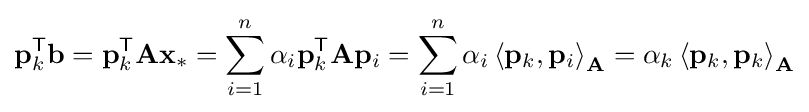
\mathbf {p} _{k}^{\mathsf {T}}\mathbf {b} =\mathbf {p} _{k}^{\mathsf {T}}\mathbf {A} \mathbf {x} _{*}=\sum _{i=1}^{n}\alpha _{i}\mathbf {p} _{k}^{\mathsf {T}}\mathbf {A} \mathbf {p} _{i}=\sum _{i=1}^{n}\alpha _{i}\left\langle \mathbf {p} _{k},\mathbf {p} _{i}\right\rangle _{\mathbf {A} }=\alpha _{k}\left\langle \mathbf {p} _{k},\mathbf {p} _{k}\right\rangle _{\mathbf {A} }